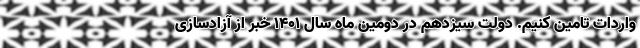
واردات تامین کنیم. دولت سیزدهم در دومین ماه سال ۱۴۰۱ خبر از آزادسازی